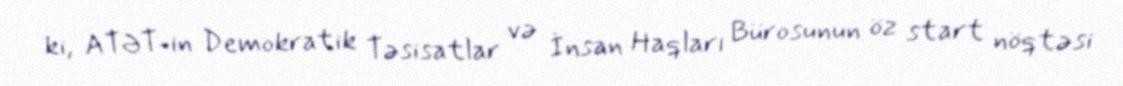
ki, ATƏT-in Demokratik Təsisatlar və İnsan Haqları Bürosunun öz start nöqtəsi